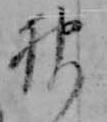
神